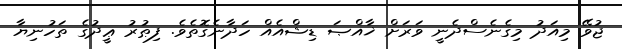
ޖުވޭ މިއަދު މިގެނެސްދެނީ ވަރަށް ޚާއްޞަ ޑިޝްއެއް ހަދާނެގޮތެވެ. ފިޠުރު ޢީދުގެ ތަހުނިޔާ